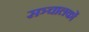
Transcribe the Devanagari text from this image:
सञ्चालकों